Leaving Certificate Examination, 1906
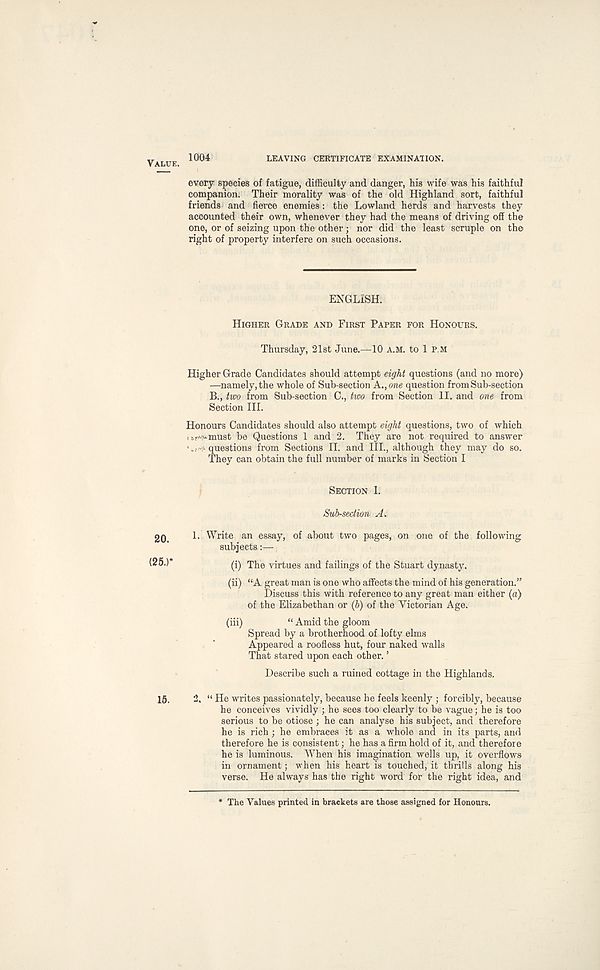
VALUE.
1004
LEAVING CERTIFICATE EXAMINATION.
every species of fatigue, difficulty and danger, his wife was his faithful
companion. Their morality was of the old Highland sort, faithful
friends and fierce enemies: the Lowland herds and harvests they
accounted their own, whenever they had the means of driving off the
one, or of seizing upon the other; nor did the least scruple on the
right of property interfere on such occasions.
ENGLISH.
HIGHER GRADE AND FIRST PAPER FOR HONOURS.
Thursday, 21st June.—10 A.M. to 1 P.M
Higher Grade Candidates should attempt eight questions (and no more)
—namely, the whole of Sub-section K.,one question from Sub-section
B., two from Sub-section C., two from Section II. and one from
Section III.
Honours Candidates should also attempt eight questions, two of which
15^must be Questions 1 and 2. They are not required to answer
‘..-•-questions from Sections II. and III., although they may do so.
They can obtain the full number of marks in Section I
SECTION 1.
Sub-section A.
2o,
1. Write an essay, of about two pages, on one of the following
subjects:—
25.)*
(i) The virtues and failings of the Stuart dynasty.
(ii) “A great man is one who affects the mind of his generation.’'
Discuss this with reference to any great man either (a)
of the Elizabethan or (b) of the Victorian Age.
(iii)
“ Amid the gloom
Spread by a brotherhood of lofty elms
Appeared a roofless hut, four naked walls
That stared upon each other. ’
Describe such a ruined cottage in the Highlands.
15.
2. “ He writes passionately, because he feels keenly ; forcibly, because
he conceives vividly ; he sees too clearly to be vague; he is too
serious to be otiose ; he can analyse his subject, and therefore
he is rich ; he embraces it as a whole and in its parts, and
therefore he is consistent; he has a firm hold of it, and therefore
he is luminous. When his imagination wells up, it overflows
in ornament; when his heart is touched, it thrills along his
verse. He always has the right word for the right idea, and
The Values printed in brackets are those assigned for Honours.